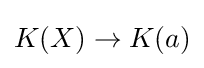
K(X)\rightarrow K(a)